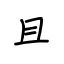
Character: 且